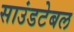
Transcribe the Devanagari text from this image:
साउंडटेबल